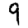
Digit: 9